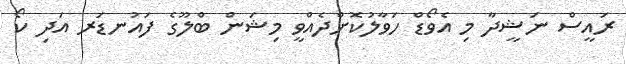
ރައީސް ނަޝީދާ މި އެވޯޑް ހަވާލުކޮށްދެއްވީ މިޝަން ބްލޫގެ ފައުނޑަރ އަދި ކޯ